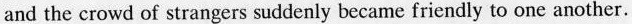
and the crowd of strangers suddenly became friendly to one another.